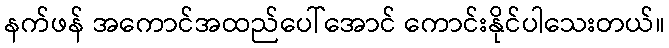
နက်ဖန် အကောင်အထည်ပေါ်အောင် ကောင်းနိုင်ပါသေးတယ်။